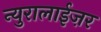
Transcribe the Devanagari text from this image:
न्युरालाईज़र